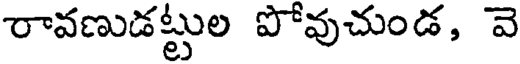
రావణుడట్టుల పోవుచుండ, వె